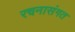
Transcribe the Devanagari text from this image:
रचनासंगत